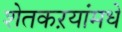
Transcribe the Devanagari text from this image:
शेतकऱयांमधे